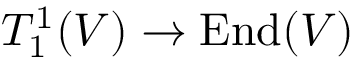
T _ { 1 } ^ { 1 } ( V ) \to \mathrm { E n d } ( V )